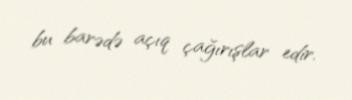
bu barədə açıq çağırışlar edir.